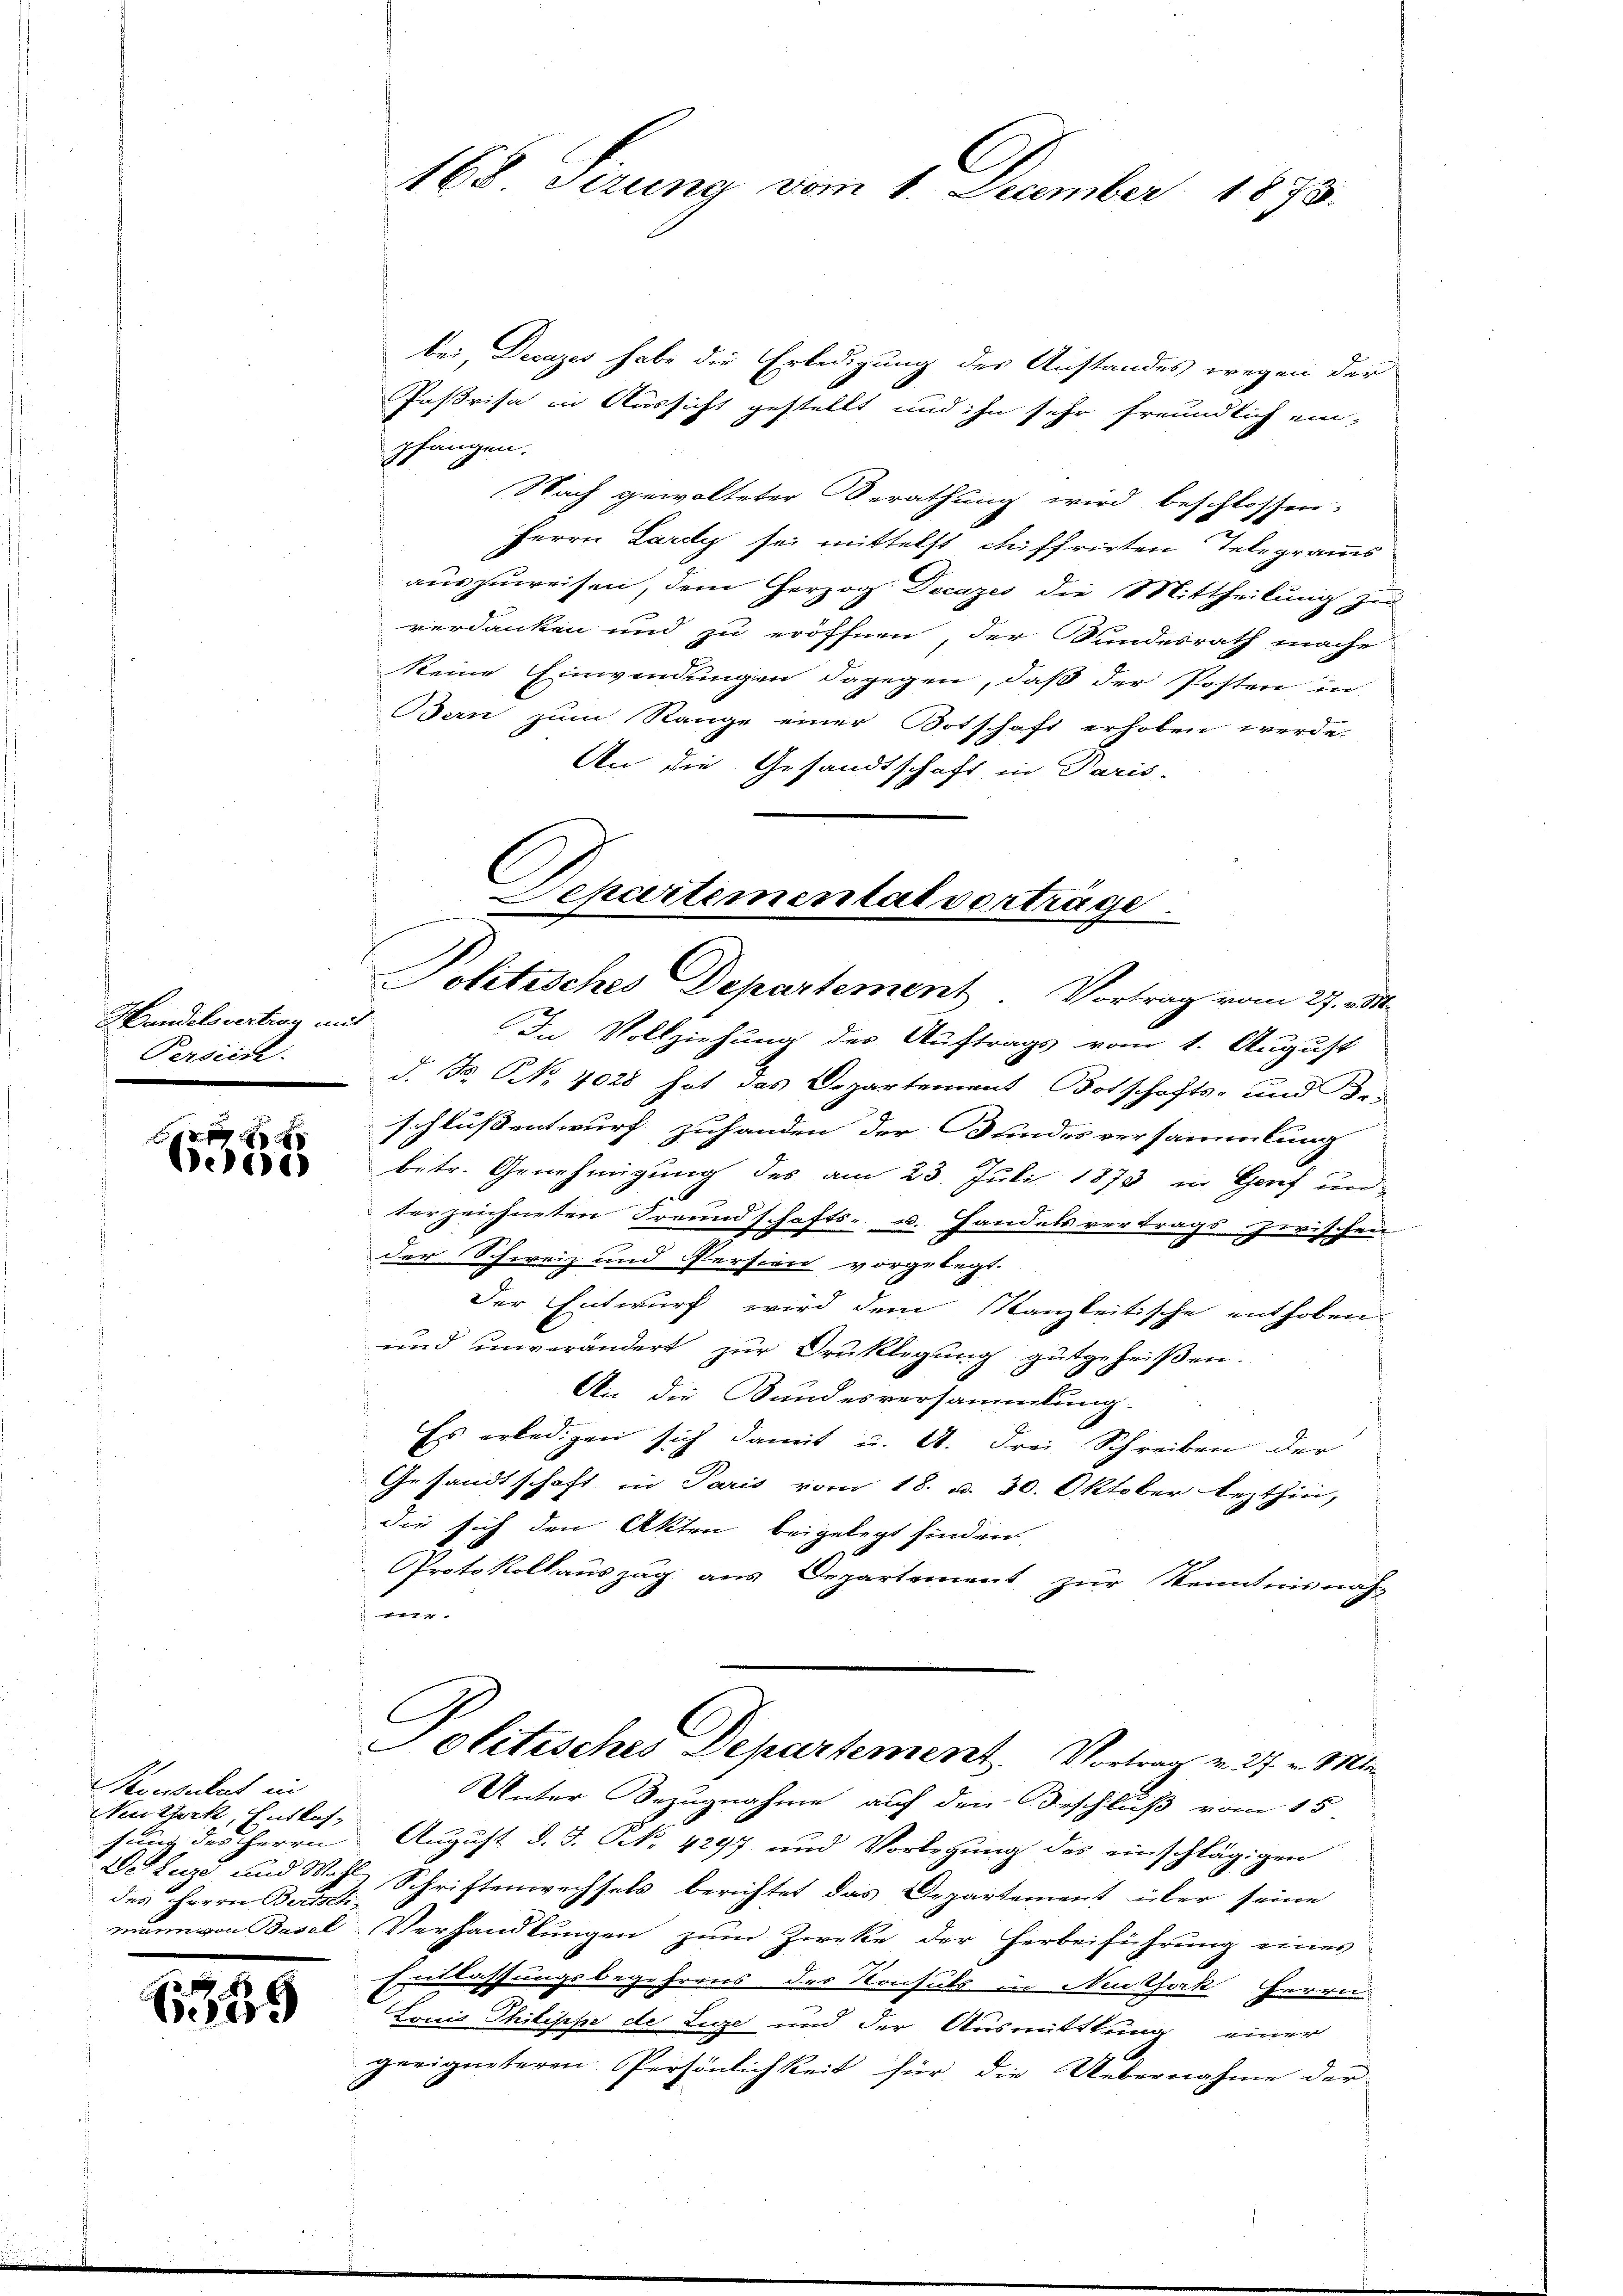
Handelsvertrag mit
Persich.

e
Dele

Konsulat in
Nutserk Entlas-
hung des Herrn
des Herrn Bertsch
mann von Basel

1349

bei, Decazes habe die Erledigung des Anstandes wegen der
Pasrisa in Aussicht gestellt und ihn sehr freundlich ein-
pfangen.
Nach gewalteter Berathung wird beschlossen:
Herrn Lardy sei mittelst auffrirten Telegramms
auszuweisen, dem Herzog Decazes die Mittheilung zu
verdanken und zu eröffnen, der Bundesrath mache
Seine Einwendungen dagegen, daß der Posten in
Bern zum Range einer Botschaft erhoben werde.
An die Gesandtschaft in Paris-

In Vollziehung des Auftrags vom 1. August
d. Fr. No. 4028 hat das Departement Botschafts- und Dr.
schlussentwurf zuhanden der Bundesversammlung
betr. Genehmigung des am 23. Juli 1873 in Genf unterzeichneten Freundschafts- u. Handels vertrags zwischen
der Schweiz und Persien vorgelegt.
Der Entwurf wird dem Kanzleitische enthoben
und unverändert zŭr Brüklegung gutgeheißen.
An die Bundesversammlung.
Es erledigen sich damit u. A. drei Schreiben der
Gesandtschaft in Paris vom 18. d. 30. Oktober lezthin,
die sich den Akten beigelegt finden.
Protokollauszug aus Departement zur Kenntnisnah-
741

168. Sizung vom 1. December 1873.

Departemental verträge
Politisches Departement. Vortrag vom 27. v. M.

Politisches Departement. Vortrag v. 27. v. Mt

Unter Bezugnahme auf den Beschluß vom 15
August d. J. N. 4297 und Vorlegung des einschlägigen
Vdles und Wahl, Schriftenwechsels berichtet das Departement über seine
Verhandlungen zum Zwecke der Herbeiführung eines
Entlassungsbegehrens des Konsuls in Neuthok Herrn
Louis Philippe de Lige und der Ausmittlung einer
geeigneteren Persönlichkeit für die Uebernahme der